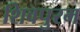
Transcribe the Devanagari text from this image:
शिवपुरम